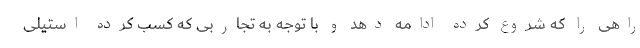
راهی را که شروع کرده ادامه دهد و با توجه به تجاربی که کسب کرده استیلی